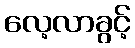
လေ့လာခွင့်